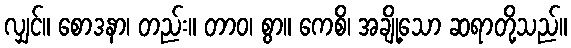
လျှင်။ စောဒနာ၊ တည်း။ တာဝ၊ စွာ။ ကေစိ၊ အချို့သော ဆရာတို့သည်။